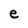
Character: e